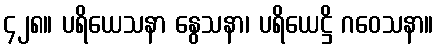
၄၂၈။ ပရိယေသနာ နွေသနာ၊ ပရိယေဋ္ဌိ ဂဝေသနာ။